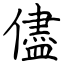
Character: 儘